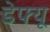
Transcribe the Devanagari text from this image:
डेफ्यू